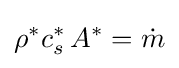
\rho ^{*}c_{s}^{*}\,A^{*}={\dot {m}}